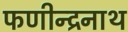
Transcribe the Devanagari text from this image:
फणीन्द्रनाथ